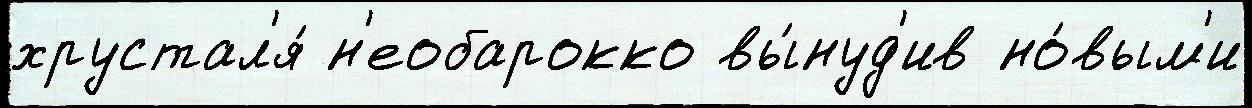
хрустал'я́ н'еобарокко вы́нуд'ив но́вым'и